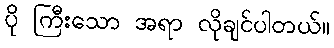
ပို ကြီးသော အရာ လိုချင်ပါတယ်။